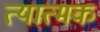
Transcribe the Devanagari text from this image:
त्यात्मक